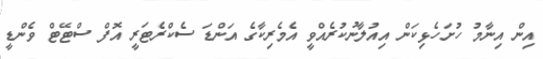
އިން އިނާމު ހުށަހެޅިކަން އިއުލާނުކުރެއްވީ އެމެރިކާގެ އަންޑަ ސެކްރެޓަރީ އޮފް ސްޓޭޓް ވެންޑީ